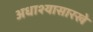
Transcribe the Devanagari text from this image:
अधाश्यासारखे